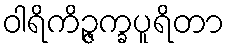
ဝါရိကိဉ္ဇက္ခပူရိတာ